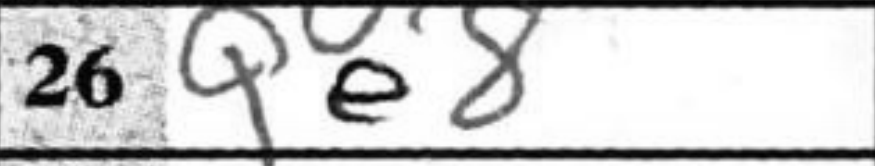
Transcription: Qe8